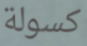
كسولة